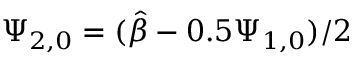
\Psi _ { 2 , 0 } = ( \hat { \beta } - 0 . 5 \Psi _ { 1 , 0 } ) / 2